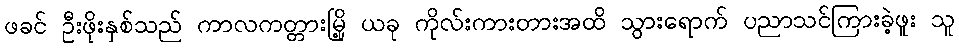
ဖခင် ဦးဖိုးနှစ်သည် ကာလကတ္တားမြို့ ယခု ကိုလ်းကားတားအထိ သွားရောက် ပညာသင်ကြားခဲ့ဖူး သူ